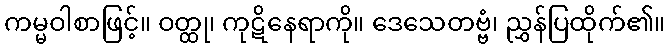
ကမ္မဝါစာဖြင့်။ ဝတ္ထု၊ ကုဋိနေရာကို။ ဒေသေတဗ္ဗံ၊ ညွှန်ပြထိုက်၏။